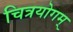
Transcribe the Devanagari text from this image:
चित्रयोगम्